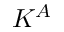
K ^ { A }